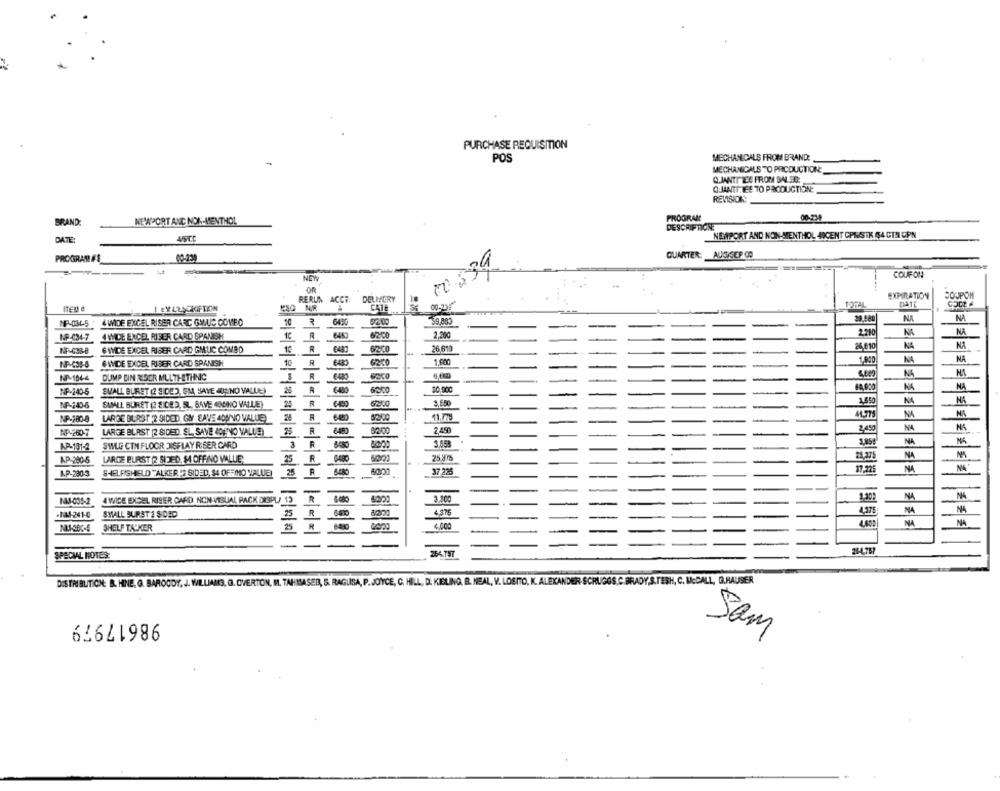
PURCHASE REQUISITION
POS
MECHANICALS FROM BRAND:
MECHANICALE TO PRODUCTION
Q.JANTT TEE FROM SALES:
QJANTT.LEE TO PRODUCTION:
REVISION:
BRAND:
NEWPORT AND NON-MENTHOL
PROGRAM
00-234
DESCRIPTION
DATE:
A/SCC
NEWPORT AND NON-MENTHOL NOCENT CPMSTK 64 CIN CPN
PROGRAM F'S
QUARTER: AUDISEP 00
COUF ON
OR
EXPIRATION
RERUN ACCE
DELIVERY
COUPON
ITEM e
450
CATE
00-235
TOTAL
NA
MF-0345 4 WIDE EXCEL RISER CARD GMIUS COMBO
10
6490
2.210
NA
NA
NF-034-7
A WIDE EXCEL RISER CARD SPANISH
62-00
2.000
GWMIDE EXCEL RISER CARD GMUC COMBO
62-CO
26,610
26.610
NA
NF-638-8
10
6WIDE EXCEL RISER CARD SPANISH
10
R
6200
1.600
1,810
NA
NA
gon
DUMP BIN RESER MULTI-ETHNIC
R
R
6000
30.000
NA
NA
NP-240-5
SMALL BURET @ SIDE), EM, "AYE 40%NO VALUE)
26
NP-240-6
SMALL BURET (2 SIDED, SL, BAVE MONDINO VALLE)
25
R
3.650
4.850
NA
NA
NP-780-8
LARGE BLAST .2 SIDED GM. SAVE 40ANNO VALLE
24
NA
NA
NP-2600-7
LARGE BLAST (2 SIDED. SL. SAVE JOENO VALUE)
R
6480
2.450
SWLE CIN FLOOR JISFLAY RISER CARD
3
R
NA
AP-101-2
AP-280-5
LARGE BURST (2 SIDED. $4 OFFINO VALUE;
25
25 27
21,375
NA
NA
N4
AP-230-3
SHELFISHELD "ALKER 2 SIDED, 94 OFFIMO VALUE)
25
--
37.225
17,225
3.100
NA
NA
11-005-2
A WIDE EXCEL RISER CARD NON- VISUAL PACK DISPU 13
-14-241-0
SWALL BURST 2 SIDED
25
4.375
NA
NA
NA
NA
SHELF TACKER
25
R
4.000
--
264 797
21-4,757
SPECIAL NOTES:
DISTRIBUTION: B. HINE. G. BAROGDY, J. WILLIAMS, G. OVERTON, IL. TAHISASER, &. RAGUSA, P. JOYCE, C. HILL, D. KISLING, B. NEAL, V. LOBITO, K. ALEXANDER-SCRUGGS,C BRADY,S.FESH, C. McCALL, G.HAUSER
98617979
Sam